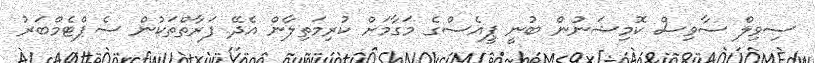
ސިވިލް ސާވިސް ކޮމިޝަނުން ބުނީ ޕީއެސްގެ މަގާމަށް ކުރިމަތިލާން އެދޭ ފަރާތްތަކުން ސެޕްޓެމްބަރު